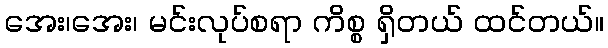
အေး၊အေး၊ မင်းလုပ်စရာ ကိစ္စ ရှိတယ် ထင်တယ်။